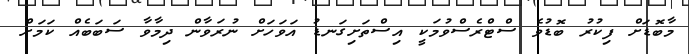
މާބޮޑަށް ފިކުރު ބޮޑުވެ ސްޓްރެސްވުމަކީ އިސްތަށިގަނޑު އަވަހަށް ނުރަވާން ދިމާވާ ސަބަބެއް ކަމަށް